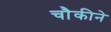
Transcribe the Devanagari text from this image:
चौकीने